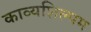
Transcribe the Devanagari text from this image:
काव्यशिल्पम